Civil Veterinary Department Bihar reports 1940-50 - 1940-1950
Year: 1940
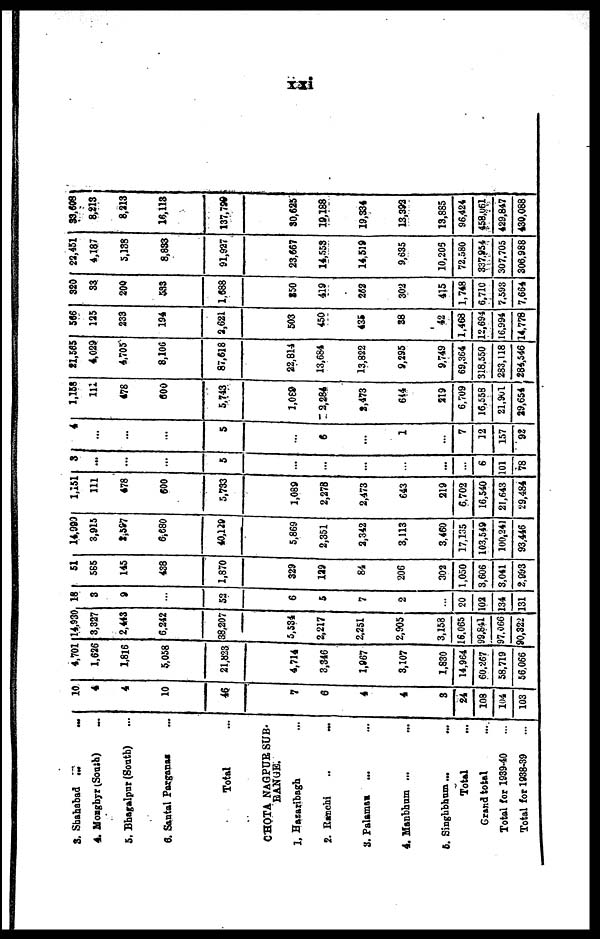
xxi
3. Shahabad
...
...
4. Moagbyr (Soath) ...
5. Bhagalpur (South) ...
6. Santal Parganas ...
Total ...
CHOTA NAGPUR SUB.
RANGE.
1. Hazaribagh ...
2.
Ranchi
...
...
3. Palaman ... ...
4. Manbhum ... ...
5. Singhbhum ... ...
Total
Grand total ...
Total for 1939-40 ...
Total for 1938-39 ...
10
4
4
10
46
7
6
4
4
3
24
109
104
103
4,701
1,626
1,816
5,058
21,823
4,714
3,346
1,967
3,107
1,830
14,964
60,267
58,719
56,066
14,930
3,327
2,443
6,242
38,207
5,534
2,217
2,251
2,905
3,158
16,065
99,841
97,066
90,322
18
3
9
...
52
6
5
7
2
...
20
102
134
131
51
585
145
438
1,870
329
129
84
206
302
1,050
3,606
3,041
2,993
14,993
3,915
2,587
6,680
40,120
5,869
2,351
2,342
3,113
3,460
17,135
103,549
100,241
93,446
1,151
111
478
600
5,733
1,089
2,278
2,473
643
219
6,702
16,540
21,643
29,484
3
...
...
...
5
...
...
...
...
...
...
6
101
78
4
...
...
...
5
...
6
...
1
...
7
12
157
92
1,158
111
478
600
5,743
1,089
2,284
2,473
614
219
6,709
16,558
21,901
29,654
21,565
4,029
4,705
8,106
87,618
22,814
13,684
13,822
9,295
9,749
69,364
318,550
283,118
284,546
566
125
233
194
2,621
503
450
435
38
42
1,468
12,694
16,994
14,778
320
33
200
533
1,688
250
419
262
302
415
1,748
6,710
7,593
7,664
22,451
4,187
5,138
8,833
91,927
23,667
14,553
14,519
9,635
10,203
72.580
337,954
307,705
306,988
33,608
8,213
8,213
16,113
137,796
30,625
19,188
19,334
13,392
13,885
96,424
458,661
429,847
430,088